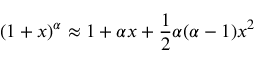
( 1 + x ) ^ { \alpha } \approx 1 + \alpha x + { \frac { 1 } { 2 } } \alpha ( \alpha - 1 ) x ^ { 2 }